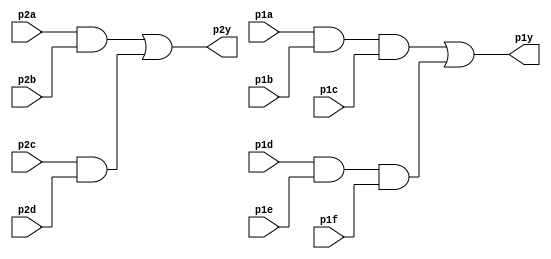
module top_module ( 
    input p1a, p1b, p1c, p1d, p1e, p1f,
    output p1y,
    input p2a, p2b, p2c, p2d,
    output p2y );
    
    wire one, two, three, four;
    assign one = p2a && p2b;
    assign two = p2c && p2d;
    
    assign three = p1a && p1b && p1c;
    assign four = p1d && p1e && p1f;
    
    assign p2y = one || two;
    assign p1y = three || four;

endmodule